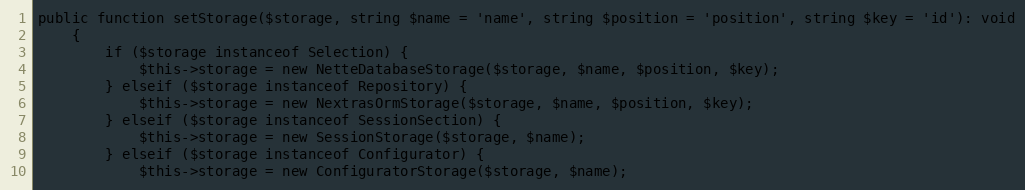
Language: PHP
public function setStorage($storage, string $name = 'name', string $position = 'position', string $key = 'id'): void
	{
		if ($storage instanceof Selection) {
			$this->storage = new NetteDatabaseStorage($storage, $name, $position, $key);
		} elseif ($storage instanceof Repository) {
			$this->storage = new NextrasOrmStorage($storage, $name, $position, $key);
		} elseif ($storage instanceof SessionSection) {
			$this->storage = new SessionStorage($storage, $name);
		} elseif ($storage instanceof Configurator) {
			$this->storage = new ConfiguratorStorage($storage, $name);